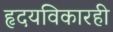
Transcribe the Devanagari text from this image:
हृदयविकारही